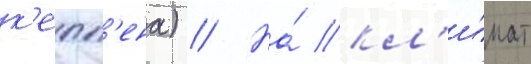
к'епп'ена) // На́ кл'и́мат